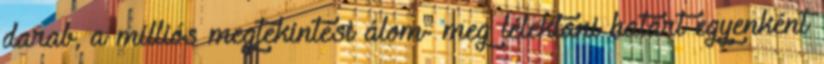
darab, a milliós megtekintési álom- meg lélektani határt egyenként